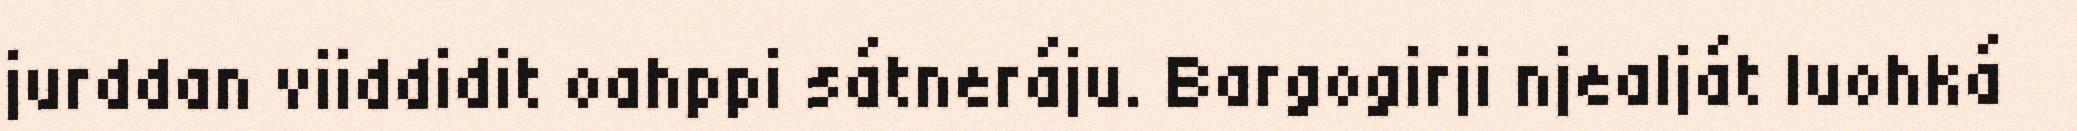
jurddan viiddidit oahppi sátneráju. Bargogirji njealját luohká